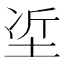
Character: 𡋈